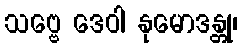
သဗ္ဗေ ဒေဝါ နုမောဒန္တု၊